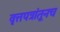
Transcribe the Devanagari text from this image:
वृत्तपत्रांतूनच